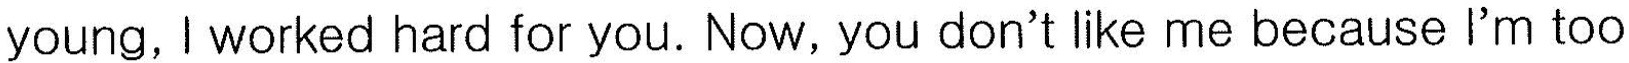
young,I worked hard for you. Now, you don't like me because I'm too